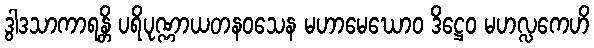
ဒွါဒသာကာရန္တိ ပရိပုဏ္ဏာယတနဝသေန မဟာမေဃောဝ ဒိဋ္ဌေဝ မဟလ္လကေဟိ